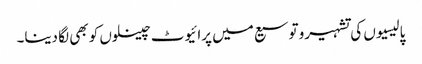
پالیسیوں کی تشہیرو توسیع میں پرائیوٹ چینلوں کو بھی لگا دینا۔